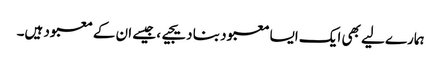
ہمارے لیے بھی ایک ایسا معبود بنا دیجیے، جیسے ان کے معبود ہیں۔